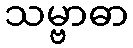
သမ္ဗာဓာ